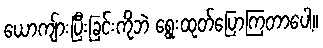
ယောကျ်ားပြီးခြင်းကိုဘဲ ရွေးထုတ်ပြောကြတာပေါ့။